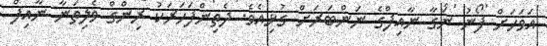
އަވަހަށް ފޯނު ނަގާ ނާއިފްގެ ނަންބަރަށް ގުޅިއެވެ. ދެތިންފަހަރަކު ރިންގް ވެލިތަނާ ނާއިފް